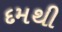
દમથી